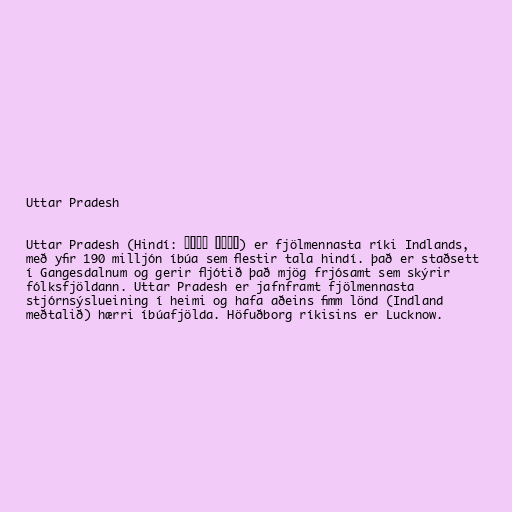
Uttar Pradesh

Uttar Pradesh (Hindí: उत्तर प्रदेश) er fjölmennasta ríki Indlands,
með yfir 190 milljón íbúa sem flestir tala hindí. það er staðsett
í Gangesdalnum og gerir fljótið það mjög frjósamt sem skýrir
fólksfjöldann. Uttar Pradesh er jafnframt fjölmennasta
stjórnsýslueining í heimi og hafa aðeins fimm lönd (Indland
meðtalið) hærri íbúafjölda. Höfuðborg ríkisins er Lucknow.